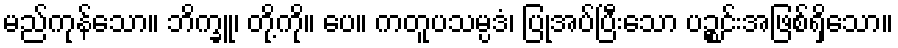
မည်ကုန်သော။ ဘိက္ခူ၊ တို့ကို။ ပေ။ ကတူပသမ္ပဒံ၊ ပြုအပ်ပြီးသော ပဉ္စင်းအဖြစ်ရှိသော။